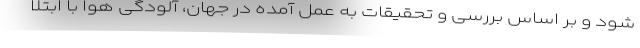
شود و بر اساس بررسی و تحقیقات به عمل آمده در جهان، آلودگی هوا با ابتلا